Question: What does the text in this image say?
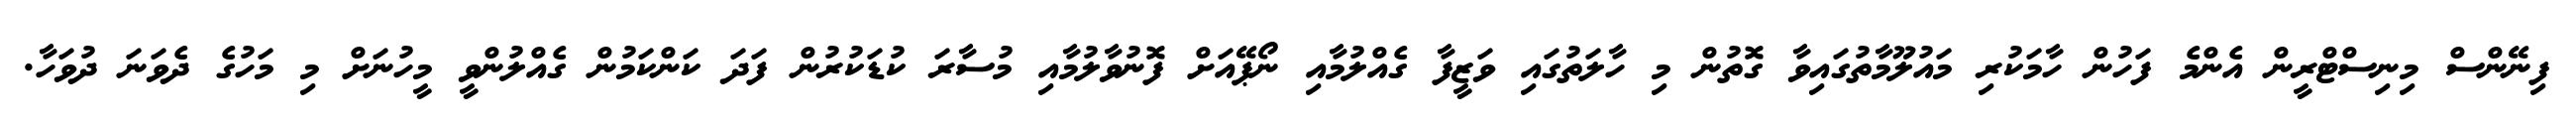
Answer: ފިނޭންސް މިނިސްޓްރީން އެންމެ ފަހުން ހާމަކުރި މައުލޫމާތުގައިވާ ގޮތުން މި ހާލަތުގައި ވަޒީފާ ގެއްލުމާއި ނޯޕޭއަށް ފޮނުވާލުމާއި މުސާރަ ކުޑަކުރުން ފަދަ ކަންކަމުން ގެއްލުންވީ މީހުނަށް މި މަހުގެ ދެވަނަ ދުވަހާ.